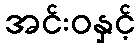
အင်းဝနှင့်